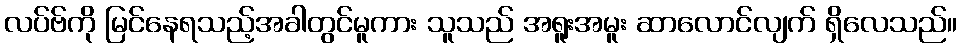
လပ်ဗ်ကို မြင်နေရသည့်အခါတွင်မူကား သူသည် အရူးအမူး ဆာလောင်လျက် ရှိလေသည်။